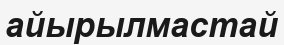
айырылмастай